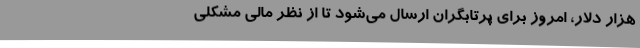
هزار دلار، امروز برای پرتابگران ارسال می‌شود تا از نظر مالی مشکلی